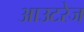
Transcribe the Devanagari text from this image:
आउटरेज